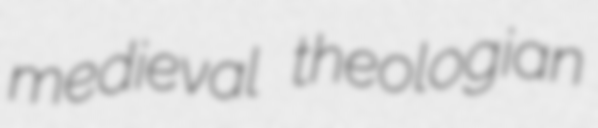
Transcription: medieval theologian